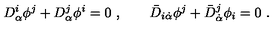
D _ { \alpha } ^ { i } \phi ^ { j } + D _ { \alpha } ^ { j } \phi ^ { i } = 0 \ , \qquad \bar { D } _ { i \dot { \alpha } } \phi ^ { j } + \bar { D } _ { \dot { \alpha } } ^ { j } \phi _ { i } = 0 \ .